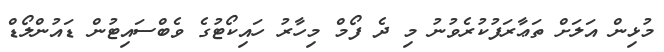
މުޅިން އަލަށް ތަޢާރަފުކުރެވުނު މި ދެ ފޯމް މިހާރު ހައިކޯޓުގެ ވެބްސައިޓުން ޑައުންލޯޑް